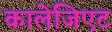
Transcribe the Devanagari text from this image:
कालेजिएट